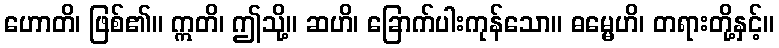
ဟောတိ၊ ဖြစ်၏။ ဣတိ၊ ဤသို့။ ဆဟိ၊ ခြောက်ပါးကုန်သော။ ဓမ္မေဟိ၊ တရားတို့နှင့်။